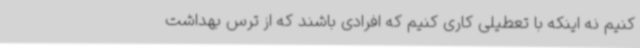
کنیم نه اینکه با تعطیلی کاری کنیم که افرادی باشند که از ترس بهداشت